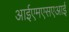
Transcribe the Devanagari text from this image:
आईएमएसएआई